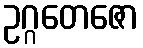
ဥဂ္ဂတေဇော